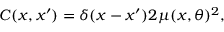
\begin{array} { r } { C ( x , x ^ { \prime } ) = \delta ( x - x ^ { \prime } ) 2 \mu ( x , \theta ) ^ { 2 } , } \end{array}